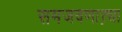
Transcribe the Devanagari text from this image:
समजवणाऱ्या